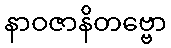
နာဝဇာနိတဗ္ဗော